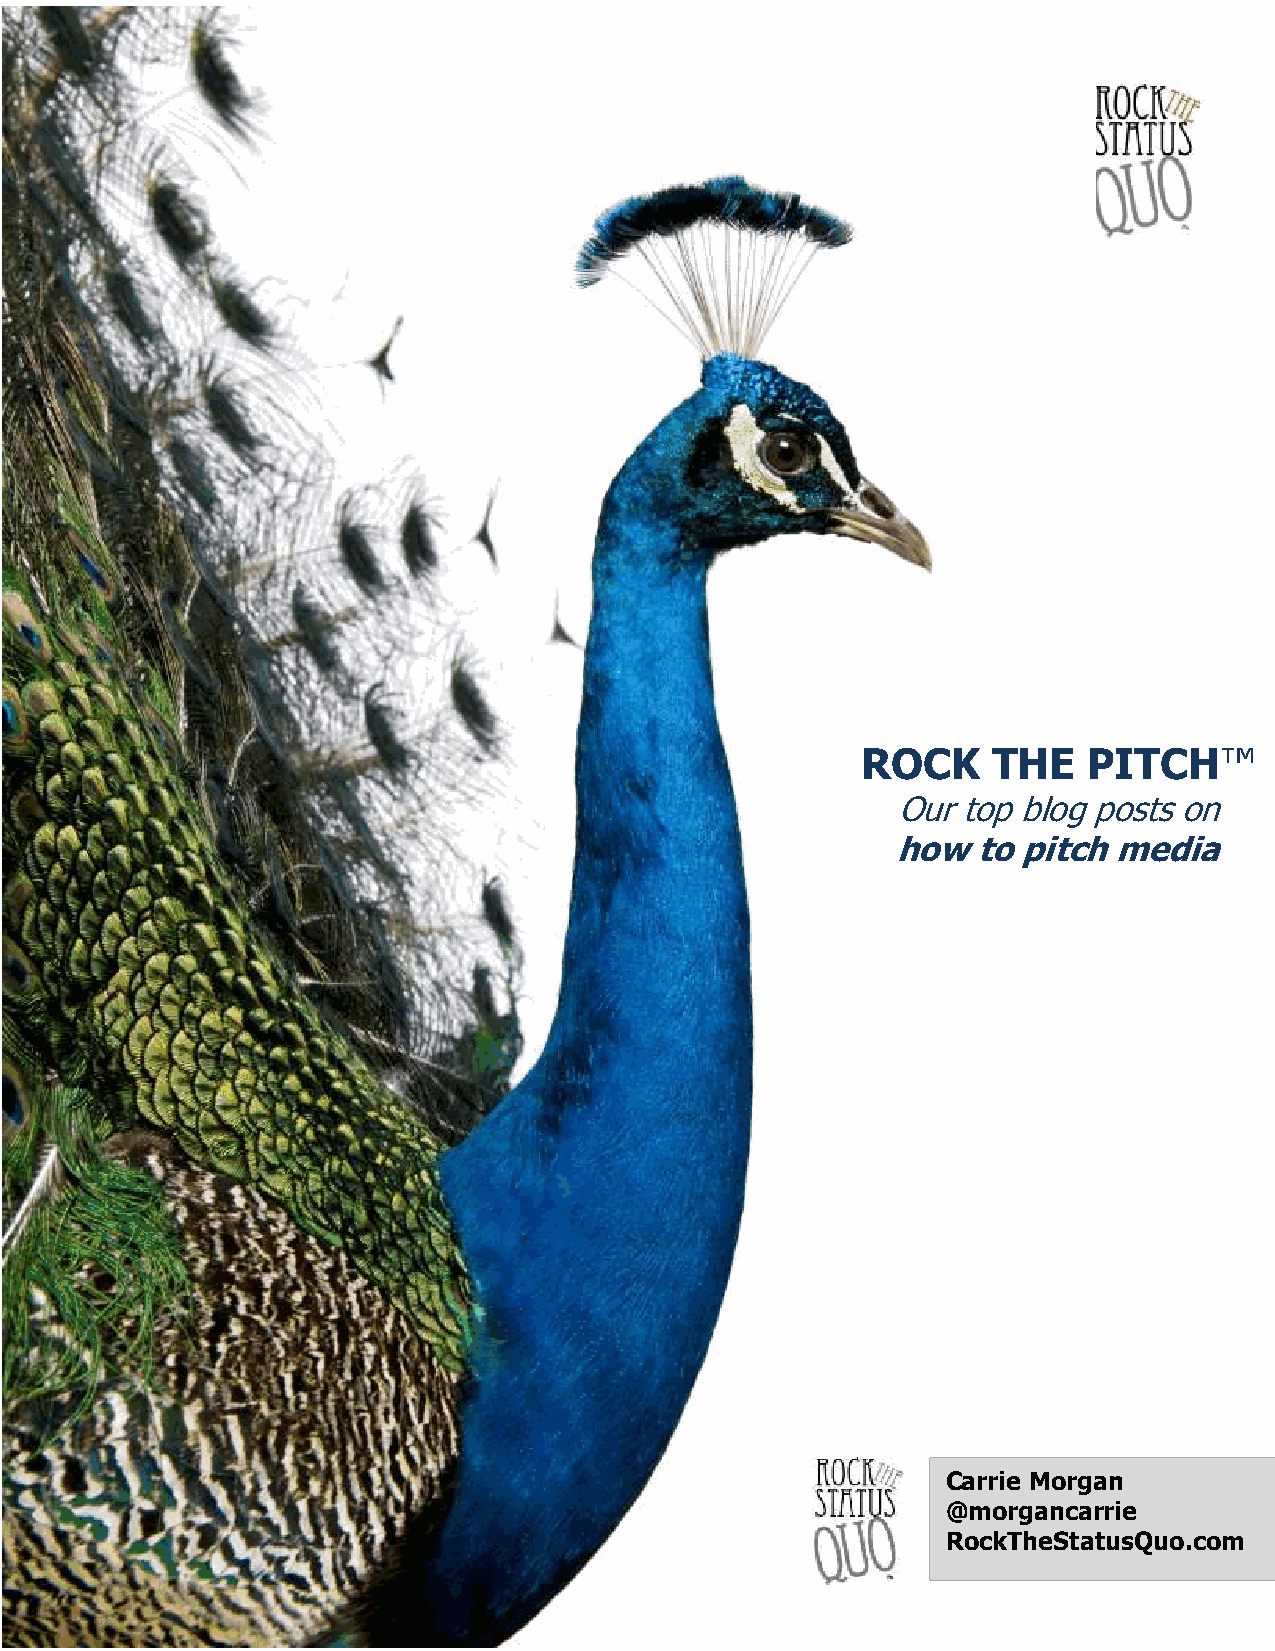
ROCK     THE   PITCH™
 Our  top blog posts on
 how   to pitch media
 Carrie Morgan
 @morgancarrie
 RockTheStatusQuo.com